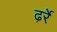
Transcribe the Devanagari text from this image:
ढ़र्रे